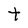
Character: t